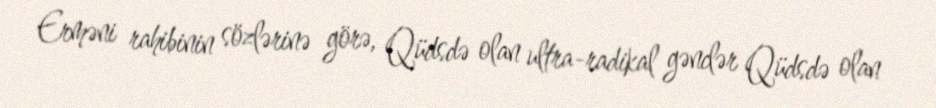
Erməni rahibinin sözlərinə görə, Qüdsdə olan ultra-radikal gənclər Qüdsdə olan